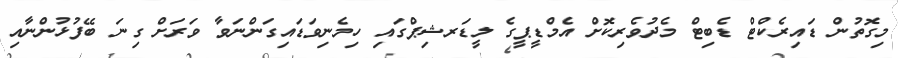
މިގޮތުން ޑައިރެކްޓް ޑެބިޓް މެދުވެރިކޮށް އެމްޑީޕީގެ ލީޑަރޝިޕްގައި ހިމެނިވަޑައިގަންނަވާ ވަރަށް ގިނަ ބޭފުޅުންނާއި